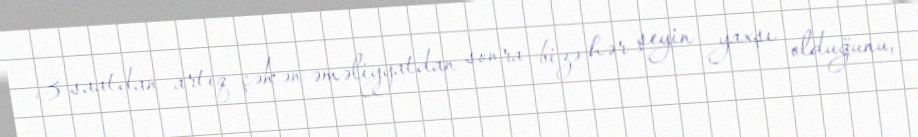
3 saatdan artıq çəkən əməliyyatdan sonra bizə hər şeyin yaxşı olduğunu,